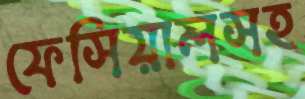
ফেসিয়ালসহ